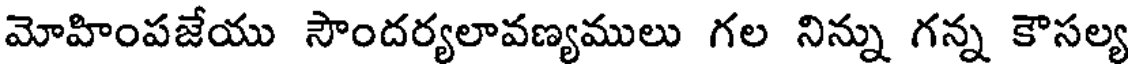
మోహింపజేయు సౌందర్యలావణ్యములు గల నిన్ను గన్న కౌసల్య